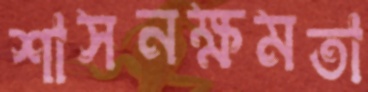
শাসনক্ষমতা